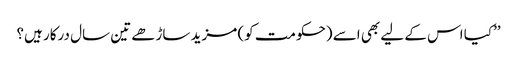
’’کیا اس کے لیے بھی اسے (حکومت کو) مزید ساڑھے تین سال درکار ہیں؟